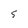
Character: 5